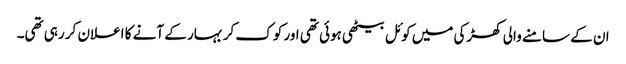
ان کے سامنے والی کھڑکی میں کوئل بیٹھی ہوئی تھی اور کوک کر بہار کے آنے کا اعلان کر رہی تھی۔